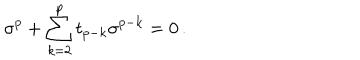
\sigma ^ { p } + \sum _ { k = 2 } ^ { p } t _ { p - k } \sigma ^ { p - k } = 0 \, .